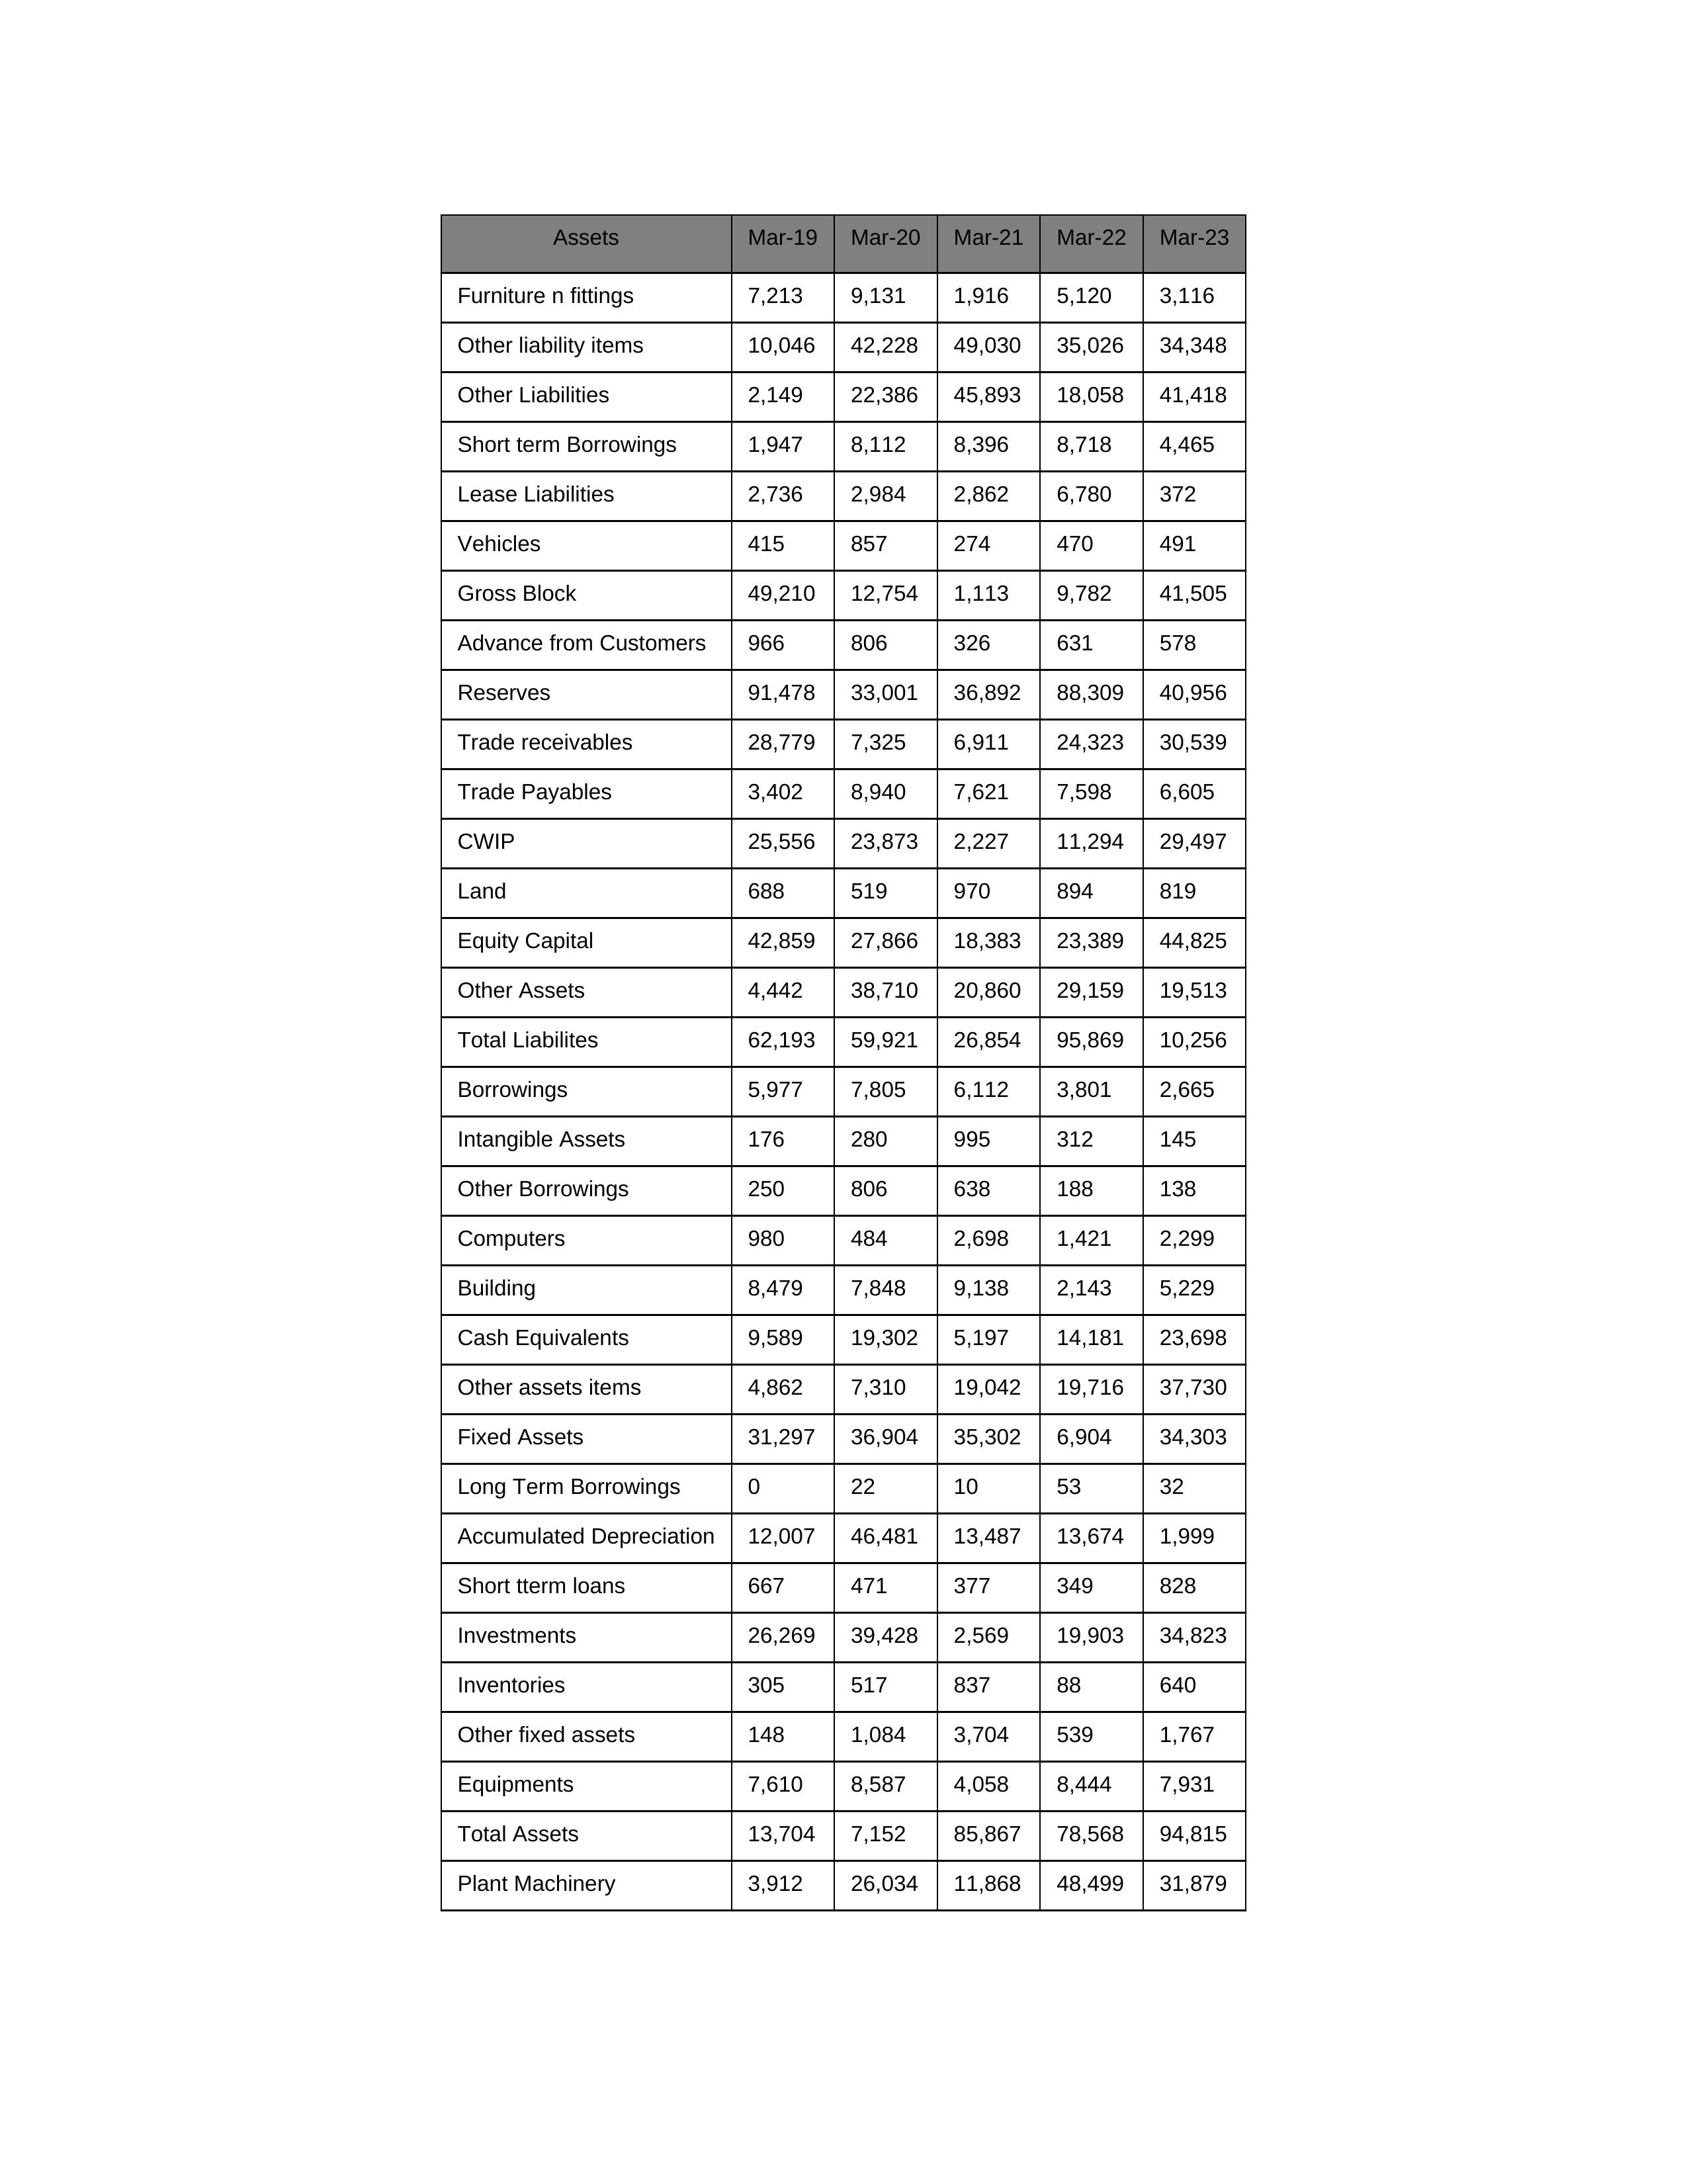
gt_parse: Mar-19: Equity Capital: 42,859
Reserves: 91,478
Borrowings: 5,977
Long Term Borrowings: 0
Short term Borrowings: 1,947
Lease Liabilities: 2,736
Other Borrowings: 250
Other Liabilities: 2,149
Trade Payables: 3,402
Advance from Customers: 966
Other liability items: 10,046
Total Liabilites: 62,193
Fixed Assets: 31,297
Land: 688
Building: 8,479
Plant Machinery: 3,912
Equipments: 7,610
Computers: 980
Furniture n fittings: 7,213
Vehicles: 415
Intangible Assets: 176
Other fixed assets: 148
Gross Block: 49,210
Accumulated Depreciation: 12,007
CWIP: 25,556
Investments: 26,269
Other Assets: 4,442
Inventories: 305
Trade receivables: 28,779
Cash Equivalents: 9,589
Short tterm loans: 667
Other assets items: 4,862
Total Assets: 13,704
Mar-20: Equity Capital: 27,866
Reserves: 33,001
Borrowings: 7,805
Long Term Borrowings: 22
Short term Borrowings: 8,112
Lease Liabilities: 2,984
Other Borrowings: 806
Other Liabilities: 22,386
Trade Payables: 8,940
Advance from Customers: 806
Other liability items: 42,228
Total Liabilites: 59,921
Fixed Assets: 36,904
Land: 519
Building: 7,848
Plant Machinery: 26,034
Equipments: 8,587
Computers: 484
Furniture n fittings: 9,131
Vehicles: 857
Intangible Assets: 280
Other fixed assets: 1,084
Gross Block: 12,754
Accumulated Depreciation: 46,481
CWIP: 23,873
Investments: 39,428
Other Assets: 38,710
Inventories: 517
Trade receivables: 7,325
Cash Equivalents: 19,302
Short tterm loans: 471
Other assets items: 7,310
Total Assets: 7,152
Mar-21: Equity Capital: 18,383
Reserves: 36,892
Borrowings: 6,112
Long Term Borrowings: 10
Short term Borrowings: 8,396
Lease Liabilities: 2,862
Other Borrowings: 638
Other Liabilities: 45,893
Trade Payables: 7,621
Advance from Customers: 326
Other liability items: 49,030
Total Liabilites: 26,854
Fixed Assets: 35,302
Land: 970
Building: 9,138
Plant Machinery: 11,868
Equipments: 4,058
Computers: 2,698
Furniture n fittings: 1,916
Vehicles: 274
Intangible Assets: 995
Other fixed assets: 3,704
Gross Block: 1,113
Accumulated Depreciation: 13,487
CWIP: 2,227
Investments: 2,569
Other Assets: 20,860
Inventories: 837
Trade receivables: 6,911
Cash Equivalents: 5,197
Short tterm loans: 377
Other assets items: 19,042
Total Assets: 85,867
Mar-22: Equity Capital: 23,389
Reserves: 88,309
Borrowings: 3,801
Long Term Borrowings: 53
Short term Borrowings: 8,718
Lease Liabilities: 6,780
Other Borrowings: 188
Other Liabilities: 18,058
Trade Payables: 7,598
Advance from Customers: 631
Other liability items: 35,026
Total Liabilites: 95,869
Fixed Assets: 6,904
Land: 894
Building: 2,143
Plant Machinery: 48,499
Equipments: 8,444
Computers: 1,421
Furniture n fittings: 5,120
Vehicles: 470
Intangible Assets: 312
Other fixed assets: 539
Gross Block: 9,782
Accumulated Depreciation: 13,674
CWIP: 11,294
Investments: 19,903
Other Assets: 29,159
Inventories: 88
Trade receivables: 24,323
Cash Equivalents: 14,181
Short tterm loans: 349
Other assets items: 19,716
Total Assets: 78,568
Mar-23: Equity Capital: 44,825
Reserves: 40,956
Borrowings: 2,665
Long Term Borrowings: 32
Short term Borrowings: 4,465
Lease Liabilities: 372
Other Borrowings: 138
Other Liabilities: 41,418
Trade Payables: 6,605
Advance from Customers: 578
Other liability items: 34,348
Total Liabilites: 10,256
Fixed Assets: 34,303
Land: 819
Building: 5,229
Plant Machinery: 31,879
Equipments: 7,931
Computers: 2,299
Furniture n fittings: 3,116
Vehicles: 491
Intangible Assets: 145
Other fixed assets: 1,767
Gross Block: 41,505
Accumulated Depreciation: 1,999
CWIP: 29,497
Investments: 34,823
Other Assets: 19,513
Inventories: 640
Trade receivables: 30,539
Cash Equivalents: 23,698
Short tterm loans: 828
Other assets items: 37,730
Total Assets: 94,815